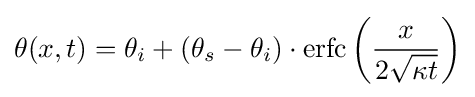
\theta (x,t)=\theta _{i}+(\theta _{s}-\theta _{i})\cdot \operatorname {erfc} \left({\frac {x}{2{\sqrt {\kappa t}}}}\right)